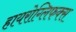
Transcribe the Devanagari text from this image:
हायरोग्लिफक्स